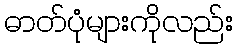
ဓာတ်ပုံများကိုလည်း